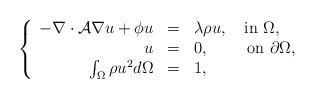
\begin{align*}\left\{\begin{array}{rcl}-\nabla\cdot\mathcal{A}\nabla u+\phi u&=&\lambda\rho u,\quad{\rm in}\ \Omega,\\u&=&0,\quad\ \ \ \ {\rm on}\ \partial\Omega,\\\int_{\Omega}\rho u^2d\Omega&=&1,\end{array}\right.\end{align*}